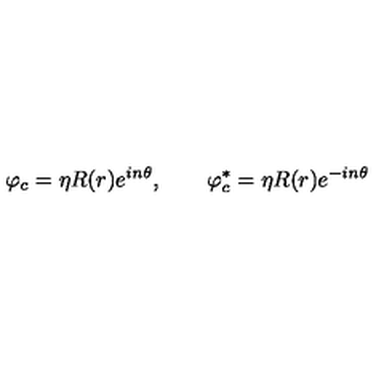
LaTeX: \varphi _ { c } = \eta R ( r ) e ^ { i n \theta } , \qquad \varphi _ { c } ^ { \ast } = \eta R ( r ) e ^ { - i n \theta }